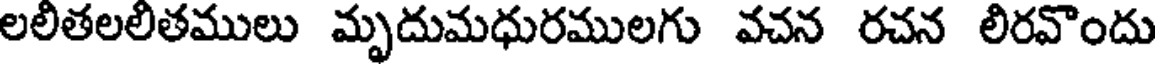
లలితలలితములు మృదుమధురములగు వచన రచన లిరవొందు